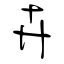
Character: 卉